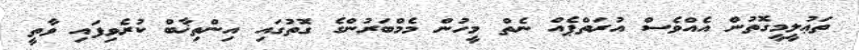
ތަޢުލީމީގޮތުން އެއްވެސް އުރަތްޕެއް ނެތް މީހުން މެމްބަރުންގެ ގޮތުގައި އިންތިޚާބް ކުރެވިފައި ވާތީ